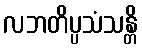
လဘတိပ္ပသံသန္တိ